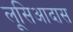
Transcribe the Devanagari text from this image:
लूसिआदास